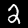
Label: 2